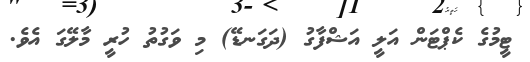
ޓީމުގެ ކެޕްޓަން އަލީ އަޝްފާގު (ދަގަނޑޭ) މި ވަގުތު ހުރީ މާލޭގަ އެވެ.